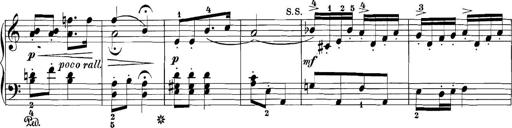
Title: 3 Sonatinas
Composer: Carl Reinecke